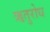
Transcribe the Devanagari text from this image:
ऋतुरोध